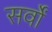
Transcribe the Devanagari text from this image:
सर्वों